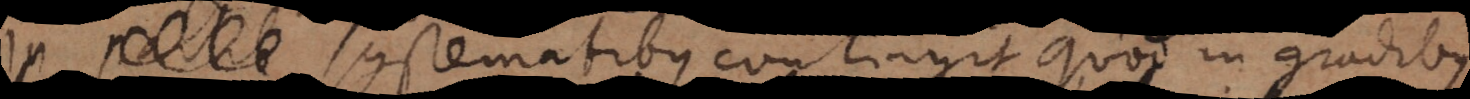
In partib systematibus contingit quod in gradib